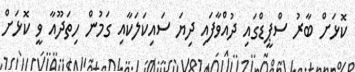
ކޮޅަށް ބާރު ސްޕީޑްގައި ދުއްވާފައި ދިޔަ ސައިކަލަކާއި ގަމުން ހިތަދޫއާ ވީ ކޮޅަށް